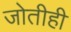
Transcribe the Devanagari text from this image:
जोतीही